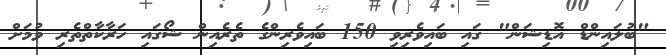
"ބުލައިންޑް އޮޑިޝަން" ގައި ބައިވެރިވި 150 ބައިވެރިންގެ ތެރެއިން ޝޯގައި ހަރާކާތްތެރި ވުމަށް